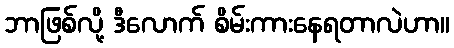
ဘာဖြစ်လို့ ဒီလောက် စိမ်းကားနေရတာလဲဟာ။